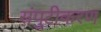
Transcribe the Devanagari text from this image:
संपुटीकरण